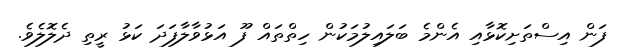
ފަން އިސްތަށިކޮޅާއި އެންމެ ބަލައިލުމަކުން ހިތްތައް ފޫ އަޅުވާލާފަދަ ކަޅު ރީތި ދެލޮލެވެ.